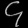
Digit: ၄